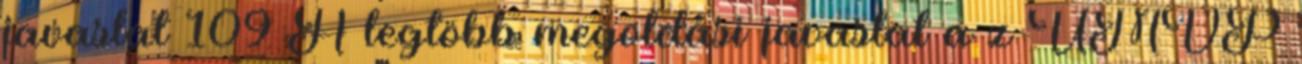
javaslat 109 A legtöbb megoldási javaslat a z ÚMVP